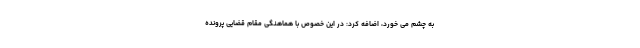
به چشم می خورد، اضافه کرد: در این خصوص با هماهنگی مقام قضایی پرونده